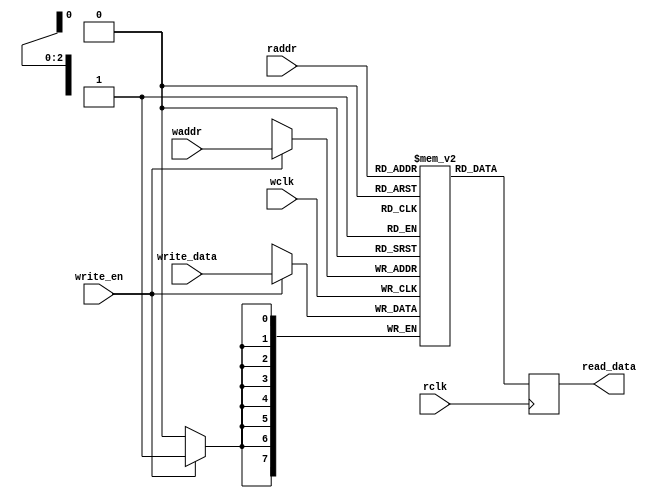
module simple_dual_ram_47 #(
         parameter SIZE = 8,                
         parameter DEPTH = 8                
       )(
         input wclk,                        
         input [$clog2(DEPTH)-1:0] waddr,   
         input [SIZE-1:0] write_data,       
         input write_en,                    
         input rclk,                        
         input [$clog2(DEPTH)-1:0] raddr,   
         output reg [SIZE-1:0] read_data    
       );
reg [SIZE-1:0] mem [DEPTH-1:0];      
always @(posedge wclk) begin
  if (write_en)                      
    mem[waddr] <= write_data;        
end
always @(posedge rclk) begin
  read_data <= mem[raddr];           
end
endmodule